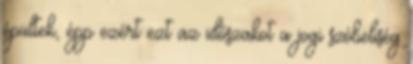
épültek, épp ezért ezt az időszakot a jogi szóbeliség